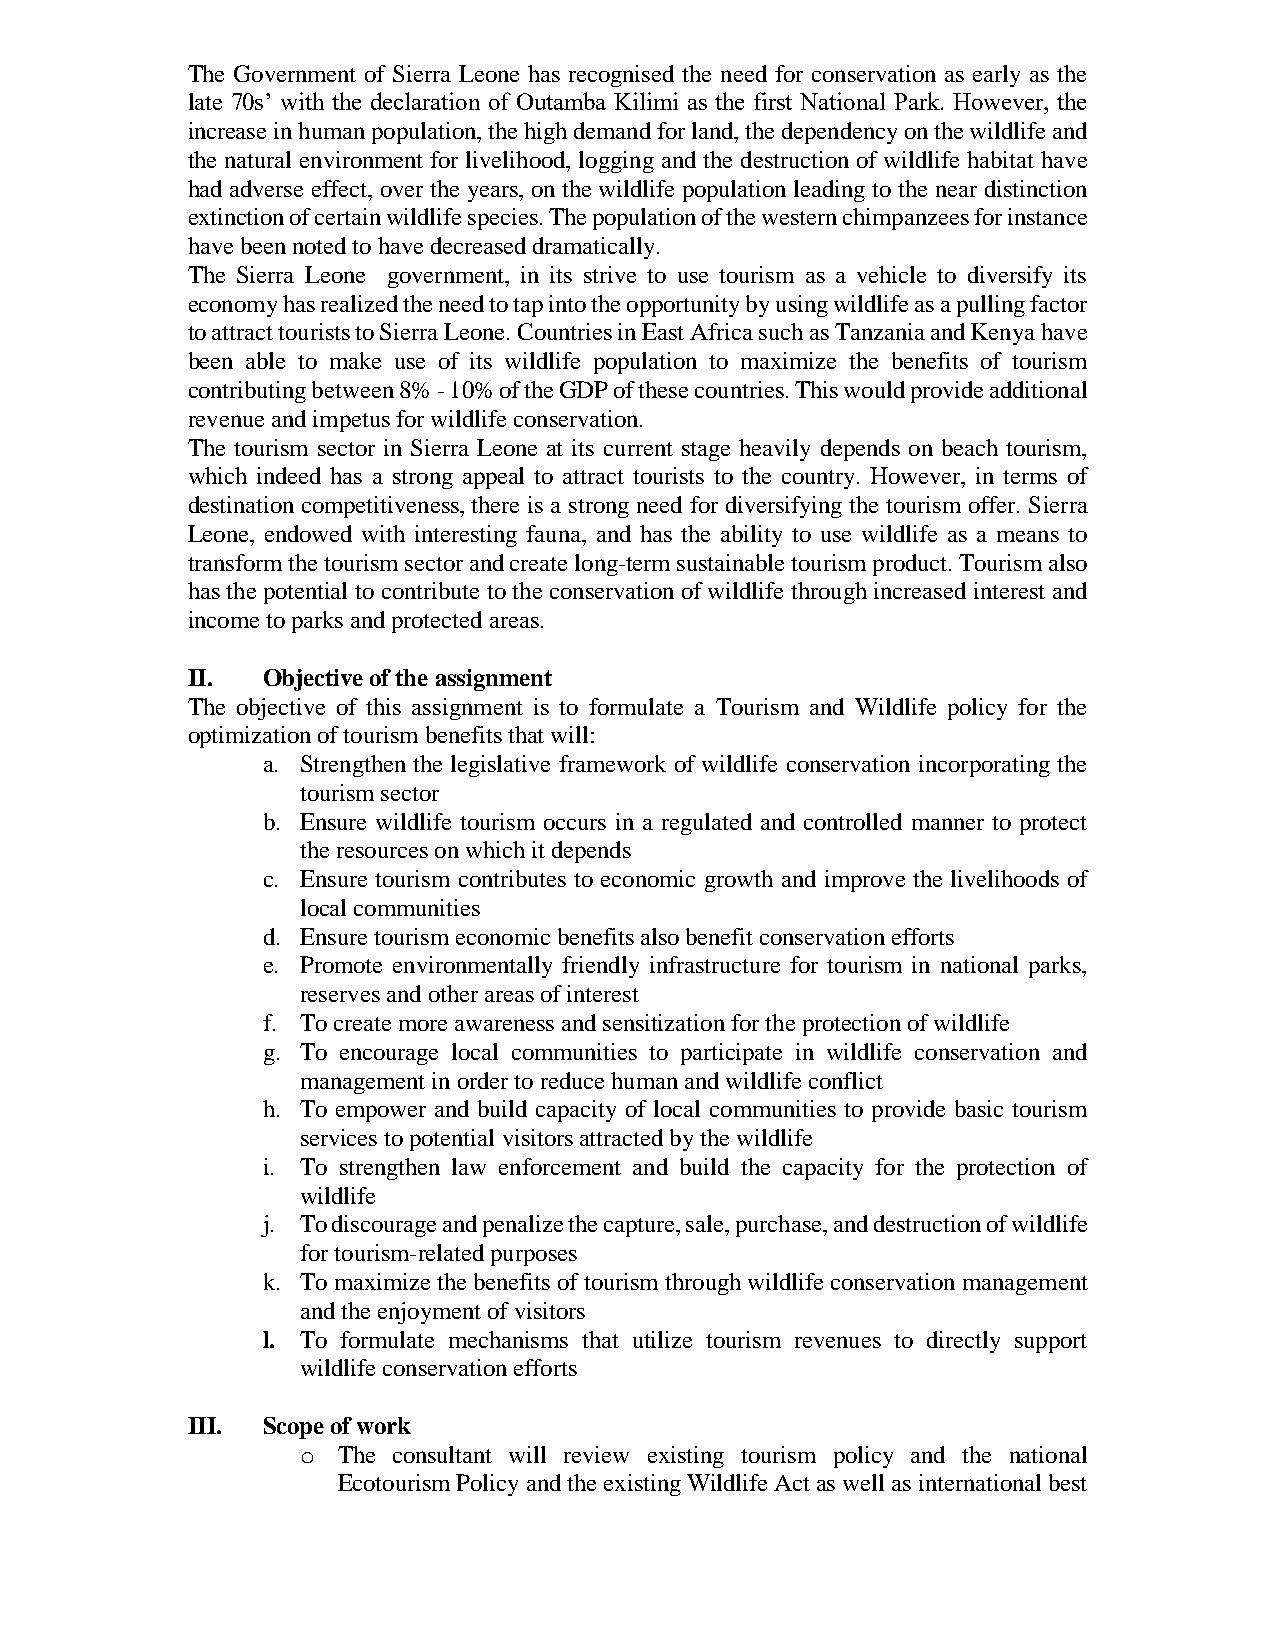
The Government of Sierra Leone has recognised the need for conservation as early as the
 late 70s’ with the declaration of Outamba Kilimi as the first National Park. However, the
 increase in human population, the high demand for land, the dependency on the wildlife and
 the natural environment for livelihood, logging and the destruction of wildlife habitat have
 had adverse effect, over the years, on the wildlife population leading to the near distinction
 extinction of certain wildlife species. The population of the western chimpanzees for instance
 have been noted to have decreased dramatically.
 The Sierra Leone government, in its strive to use tourism as a vehicle to diversify its
 economy has realized the need to tap into the opportunity by using wildlife as a pulling factor
 to attract tourists to Sierra Leone. Countries in East Africa such as Tanzania and Kenya have
 been able to make use of its wildlife population to maximize the benefits of tourism
 contributing between 8% - 10% of the GDP of these countries. This would provide additional
 revenue and impetus for wildlife conservation.
 The tourism sector in Sierra Leone at its current stage heavily depends on beach tourism,
 which indeed has a strong appeal to attract tourists to the country. However, in terms of
 destination competitiveness, there is a strong need for diversifying the tourism offer. Sierra
 Leone, endowed with interesting fauna, and has the ability to use wildlife as a means to
 transform the tourism sector and create long-term sustainable tourism product. Tourism also
 has the potential to contribute to the conservation of wildlife through increased interest and
 income to parks and protected areas.
 II.  Objective of the assignment
 The objective of this assignment is to formulate a Tourism and Wildlife policy for the
 optimization of tourism benefits that will:
 a. Strengthen the legislative framework of wildlife conservation incorporating the
 tourism sector
 b. Ensure wildlife tourism occurs in a regulated and controlled manner to protect
 the resources on which it depends
 c. Ensure tourism contributes to economic growth and improve the livelihoods of
 local communities
 d. Ensure tourism economic benefits also benefit conservation efforts
 e. Promote environmentally friendly infrastructure for tourism in national parks,
 reserves and other areas of interest
 f. To create more awareness and sensitization for the protection of wildlife
 g. To encourage local communities to participate in wildlife conservation and
 management in order to reduce human and wildlife conflict
 h. To empower and build capacity of local communities to provide basic tourism
 services to potential visitors attracted by the wildlife
 i. To strengthen law enforcement and build the capacity for the protection of
 wildlife
 j. To discourage and penalize the capture, sale, purchase, and destruction of wildlife
 for tourism-related purposes
 k. To maximize the benefits of tourism through wildlife conservation management
 and the enjoyment of visitors
 l. To formulate mechanisms that utilize tourism revenues to directly support
 wildlife conservation efforts
 III. Scope of work
 o The consultant will review existing tourism policy and the national
 Ecotourism Policy and the existing Wildlife Act as well as international best